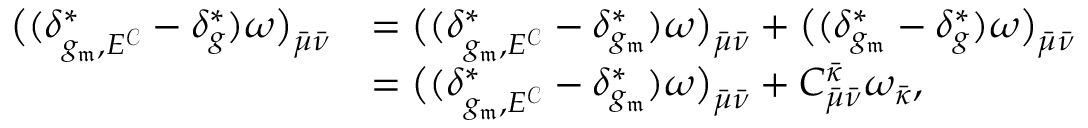
\begin{array} { r l } { \bigl ( ( \delta _ { g _ { \mathfrak { m } } , E ^ { \mathcal C } } ^ { * } - \delta _ { g } ^ { * } ) \omega \bigr ) _ { \bar { \mu } \bar { \nu } } } & { = \bigl ( ( \delta _ { g _ { \mathfrak { m } } , E ^ { \mathcal C } } ^ { * } - \delta _ { g _ { \mathfrak { m } } } ^ { * } ) \omega \bigr ) _ { \bar { \mu } \bar { \nu } } + \bigl ( ( \delta _ { g _ { \mathfrak { m } } } ^ { * } - \delta _ { g } ^ { * } ) \omega \bigr ) _ { \bar { \mu } \bar { \nu } } } \\ & { = \bigl ( ( \delta _ { g _ { \mathfrak { m } } , E ^ { \mathcal C } } ^ { * } - \delta _ { g _ { \mathfrak { m } } } ^ { * } ) \omega \bigr ) _ { \bar { \mu } \bar { \nu } } + C _ { \bar { \mu } \bar { \nu } } ^ { \bar { \kappa } } \omega _ { \bar { \kappa } } , } \end{array}